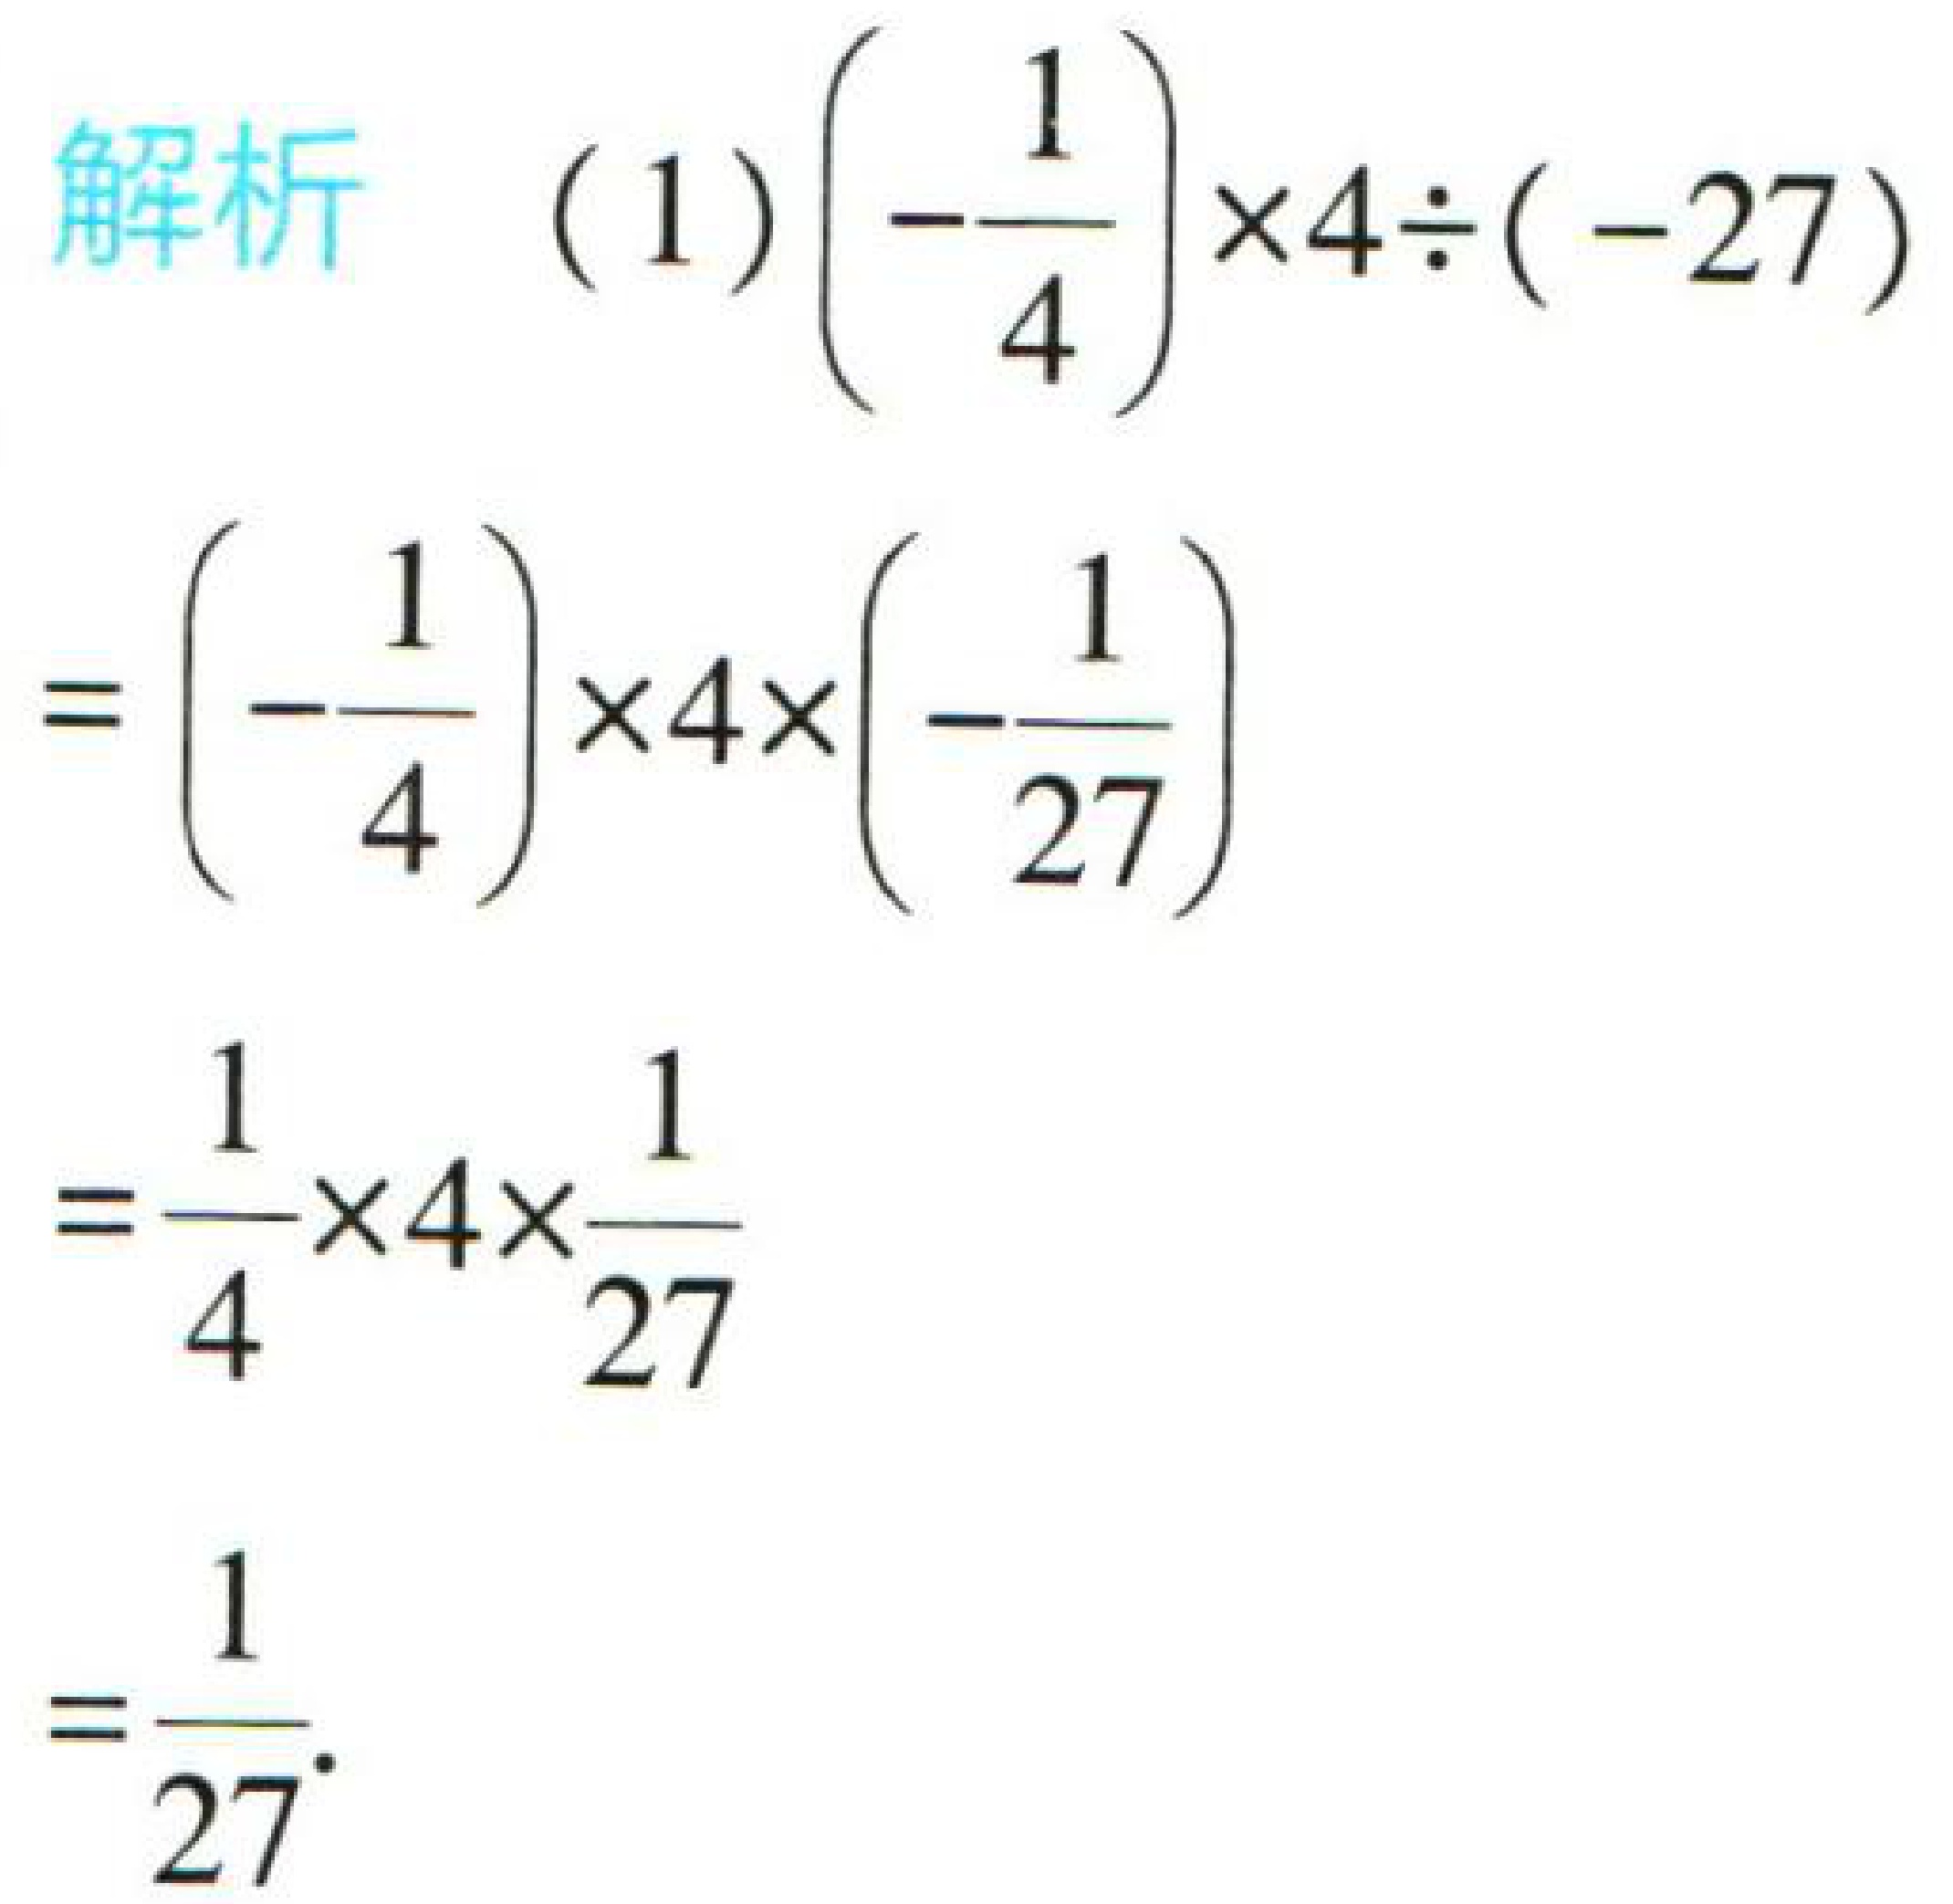
\[
\begin{align*}
&\text{解析\quad(1)}\left(-\frac{1}{4}\right)\times4\div(-27)\\
=&\left(-\frac{1}{4}\right)\times4\times\left(-\frac{1}{27}\right)\\
=&\frac{1}{4}\times4\times\frac{1}{27}\\
=&\frac{1}{27}
\end{align*}
\]